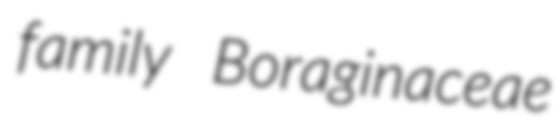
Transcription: family Boraginaceae